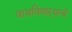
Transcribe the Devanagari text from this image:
वाजविणाऱ्याचे